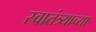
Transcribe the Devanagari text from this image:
स्‍वातंत्र्याच्‍या